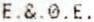
E.&.0.E.